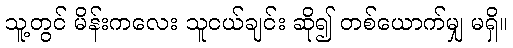
သူ့တွင် မိန်းကလေး သူငယ်ချင်း ဆို၍ တစ်ယောက်မျှ မရှိ။